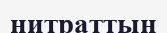
нитраттың